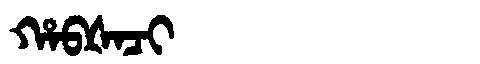
Manchu: ᡥᠠᠪᡧᠠᠴᡳ
Romanization: HABŠACI